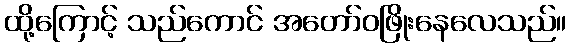
ထို့ကြောင့် သည်ကောင် အတော်ဝဖြိုးနေလေသည်။